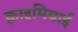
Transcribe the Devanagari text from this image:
क़्राइमियाई